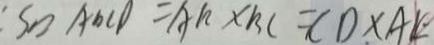
S _ { \square } A D C D = A h \times B C = C D \times A K